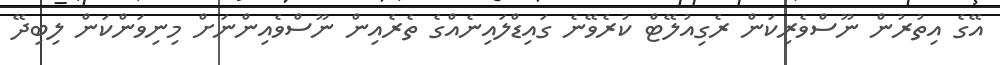
އޭގެ އިތުރުން ނޫސްވެރިކަން ރެގިއުލޭޓް ކުރެވޭނެ ގައިޑްލައިނެއްގެ ތެރެއިން ނޫސްވެއިންނަށް މިނިވަންކަން ލިބިދޭ